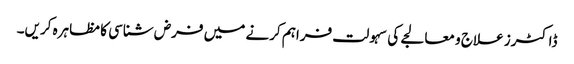
ڈاکٹرز علاج و معالجے کی سہولت فراہم کرنے میں فرض شناسی کا مظاہرہ کریں۔